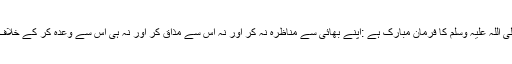
رسول اللہ صلی اللہ علیہ وسلم کا فرمانِ مبارک ہے ‫:اپنے بھائی سے مناظرہ نہ کر اور نہ اس سے مذاق کر اور نہ ہی اس سے وعدہ کر کے خلاف ورزی کر ۔